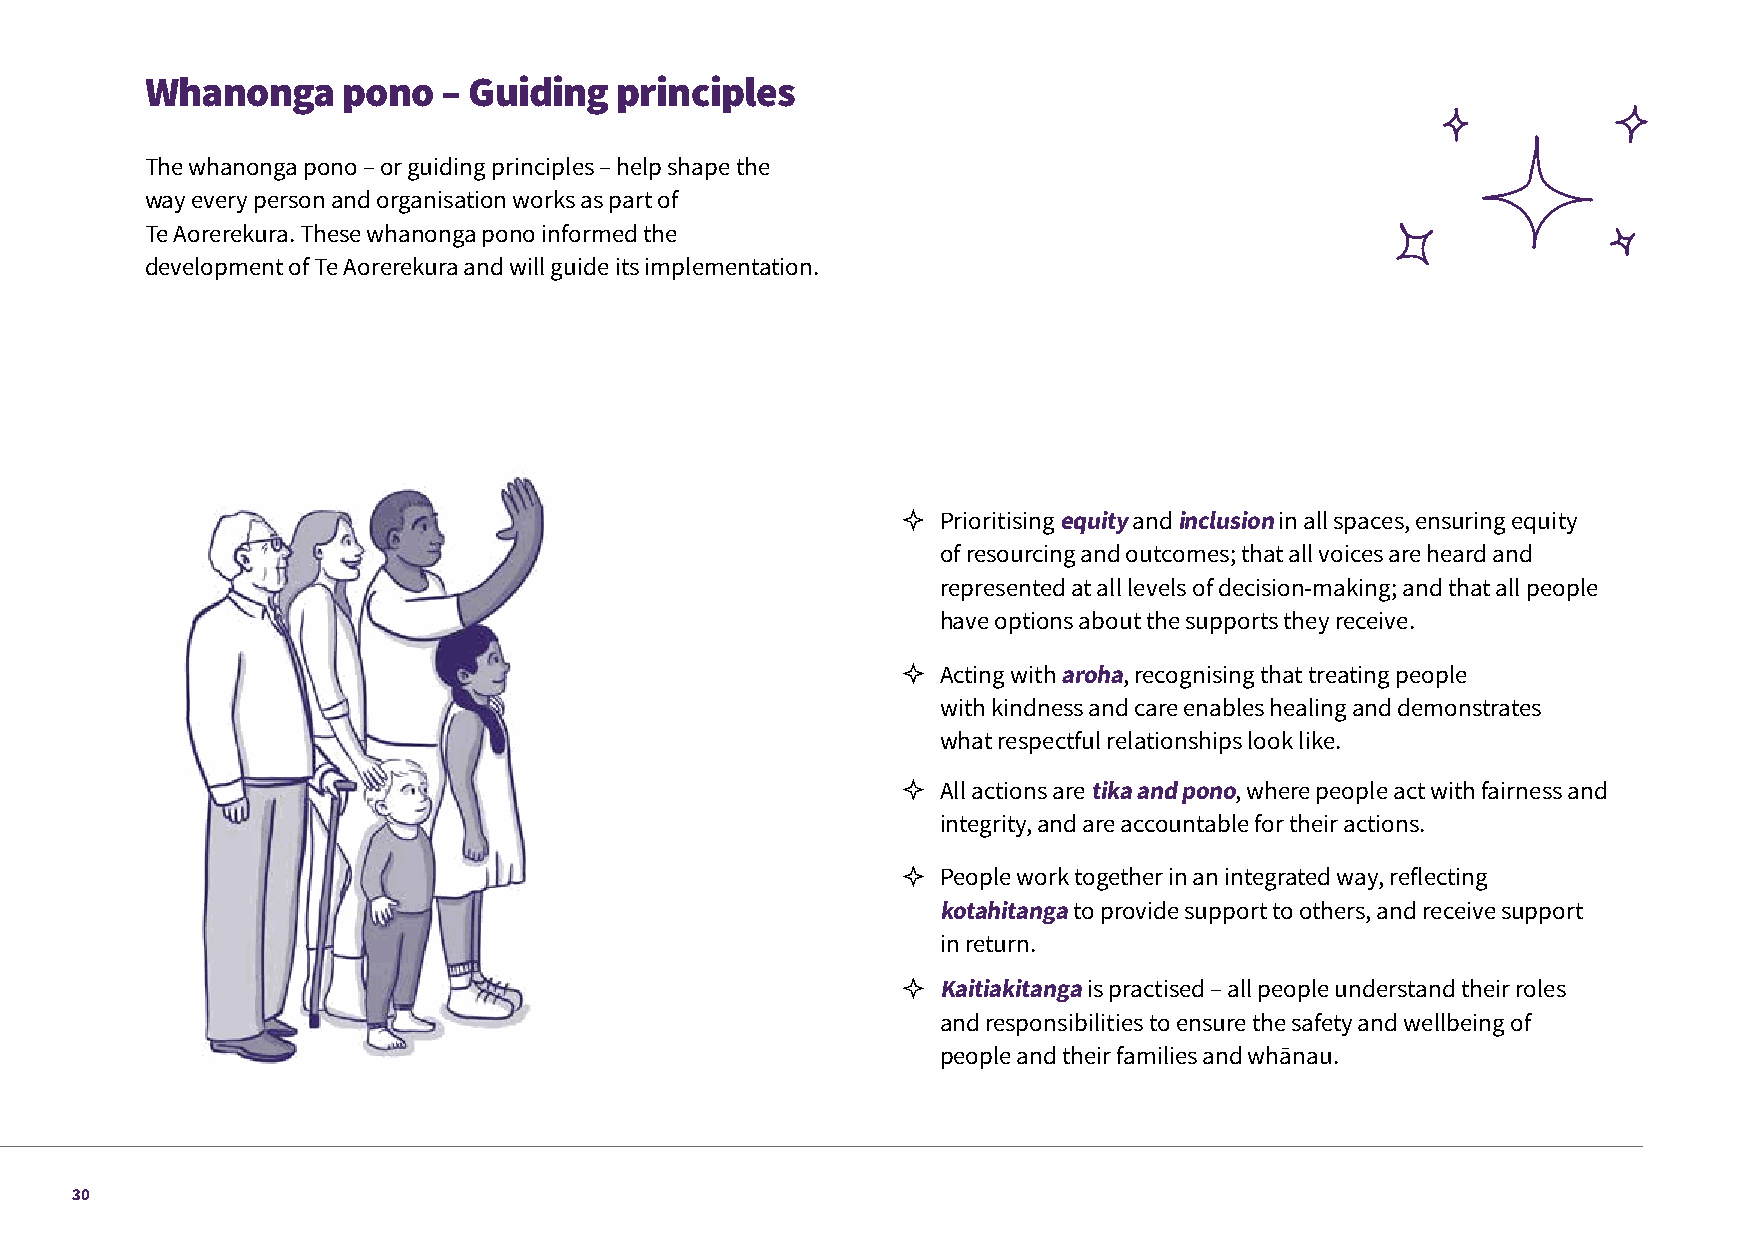
Whanonga     pono  – Guiding   principles
 The whanonga pono – or guiding principles – help shape the
 way every person and organisation works as part of
 Te Aorerekura. These whanonga pono informed the
 development of Te Aorerekura and will guide its implementation.
  Prioritising equity and inclusion in all spaces, ensuring equity
 of resourcing and outcomes; that all voices are heard and
 represented at all levels of decision-making; and that all people
 have options about the supports they receive.
  Acting with aroha, recognising that treating people
 with kindness and care enables healing and demonstrates
 what respectful relationships look like.
  All actions are tika and pono, where people act with fairness and
 integrity, and are accountable for their actions.
  People work together in an integrated way, reflecting
 kotahitanga to provide support to others, and receive support
 in return.
  Kaitiakitanga is practised – all people understand their roles
 and responsibilities to ensure the safety and wellbeing of
 people and their families and whānau.
 30